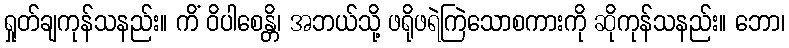
ရှုတ်ချကုန်သနည်း။ ကိံ ဝိပါစေန္တိ၊ အဘယ်သို့ ဖရိုဖရဲကြဲသောစကားကို ဆိုကုန်သနည်း။ ဘော၊